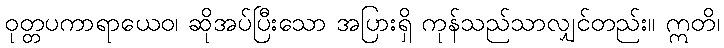
ဝုတ္တပကာရာယေဝ၊ ဆိုအပ်ပြီးသော အပြားရှိ ကုန်သည်သာလျှင်တည်း။ ဣတိ၊